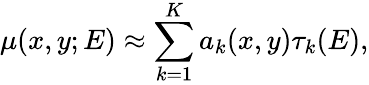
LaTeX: \mu(x,y;E)\approx\sum_{k=1}^{K}a_{k}(x,y)\tau_{k}(E),